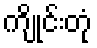
ကျိုင်းတုံ